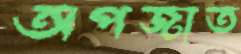
অপজাত